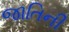
જાતિની